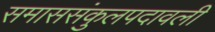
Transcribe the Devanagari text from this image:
समाससंकुलपदावली